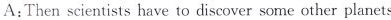
A:Then scientists have to discover some other planets